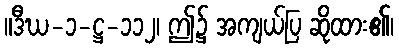
။ဒီဃ-၁-ဋ္ဌ-၁၁၂၊ ဤ၌ အကျယ်ပြ ဆိုထား၏၊